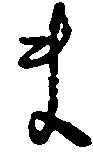
ま